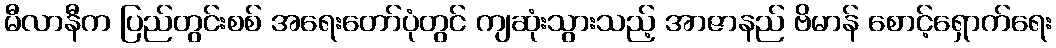
မီလာနီက ပြည်တွင်းစစ် အရေးတော်ပုံတွင် ကျဆုံးသွားသည့် အာဇာနည် ဗိမာန် စောင့်ရှောက်ရေး